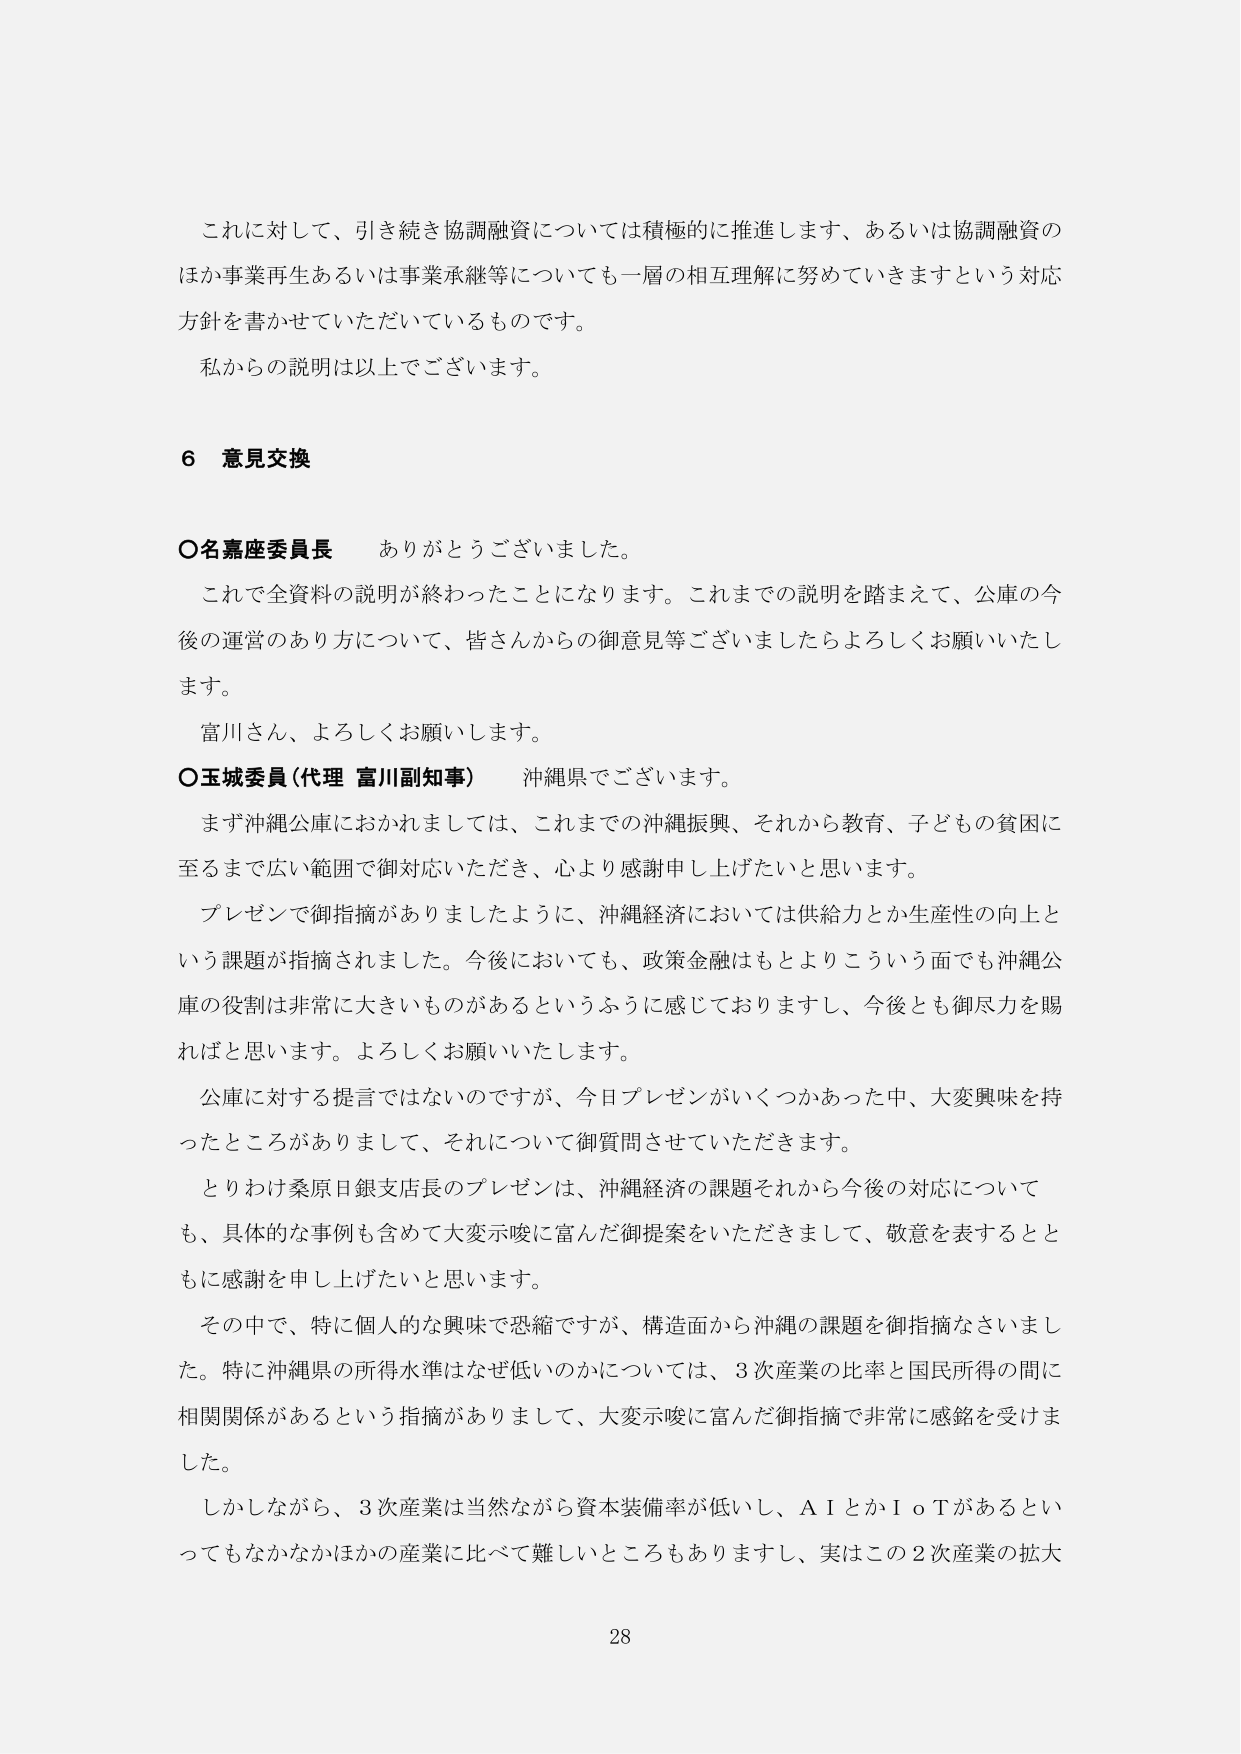
これに対して、引き続き協調融資については積極的に推進します、あるいは協調融資のほか事業再生あるいは事業承継等についても一層の相互理解に努めていきますという対応方針を書かせていただいているものです。

私からの説明は以上でございます。

6 意見交換

○名嘉座委員長　ありがとうございました。

これで全資料の説明が終わったことになります。これまでの説明を踏まえて、公庫の今後の運営のあり方について、皆さんからの御意見等ございましたらよろしくお願いいたします。

富川さん、よろしくお願いします。

○玉城委員（代理 富川副知事）　沖縄県でございます。

まず沖縄公庫におかれましては、これまでの沖縄振興、それから教育、子どもの貧困に至るまで広い範囲で御対応いただき、心より感謝申し上げたいと思います。

プレゼンで御指摘がありましたように、沖縄経済においては供給力とか生産性の向上という課題が指摘されました。今後においても、政策金融はもとよりこういう面でも沖縄公庫の役割は非常に大きいものがあるというふうに感じておりますし、今後とも御尽力を賜ればと思います。よろしくお願いいたします。

公庫に対する提言ではないのですが、今日プレゼンがいくつかあった中、大変興味を持ったところがありまして、それについて御質問させていただきます。

とりわけ桑原日銀支店長のプレゼンは、沖縄経済の課題それから今後の対応についても、具体的な事例も含めて大変示唆に富んだ御提案をいただきまして、敬意を表するとともに感謝を申し上げたいと思います。

その中で、特に個人的な興味で恐縮ですが、構造面から沖縄の課題を御指摘なさいました。特に沖縄県の所得水準はなぜ低いのかについては、3次産業の比率と国民所得の間に相関関係があるという指摘がありまして、大変示唆に富んだ御指摘で非常に感銘を受けました。

しかしながら、3次産業は当然ながら資本装備率が低いし、ＡＩとかＩｏＴがあるといってもなかなかほかの産業に比べて難しいところもありますし、実はこの2次産業の拡大

28